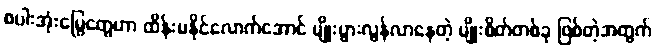
စပါးအုံးမြွေတွေဟာ ထိန်းမနိုင်လောက်အောင် မျိုးပွားလွန်လာနေတဲ့ မျိုးစိတ်တစ်ခု ဖြစ်တဲ့အတွက်